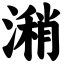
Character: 潲